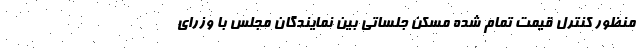
منظور کنترل قیمت تمام شده مسکن جلساتی بین نمایندگان مجلس با وزرای